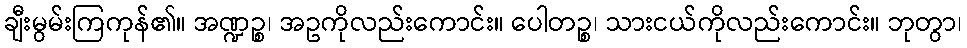
ချီးမွမ်းကြကုန်၏။ အဏ္ဍဉ္စ၊ အဥကိုလည်းကောင်း။ ပေါတဉ္စ၊ သားငယ်ကိုလည်းကောင်း။ ဘုတွာ၊